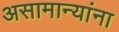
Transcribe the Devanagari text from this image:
असामान्यांना